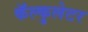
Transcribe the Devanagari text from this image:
कॅल्कुलेटर